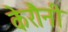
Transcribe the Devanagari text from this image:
केरौनी